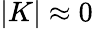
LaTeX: |K|\approx 0